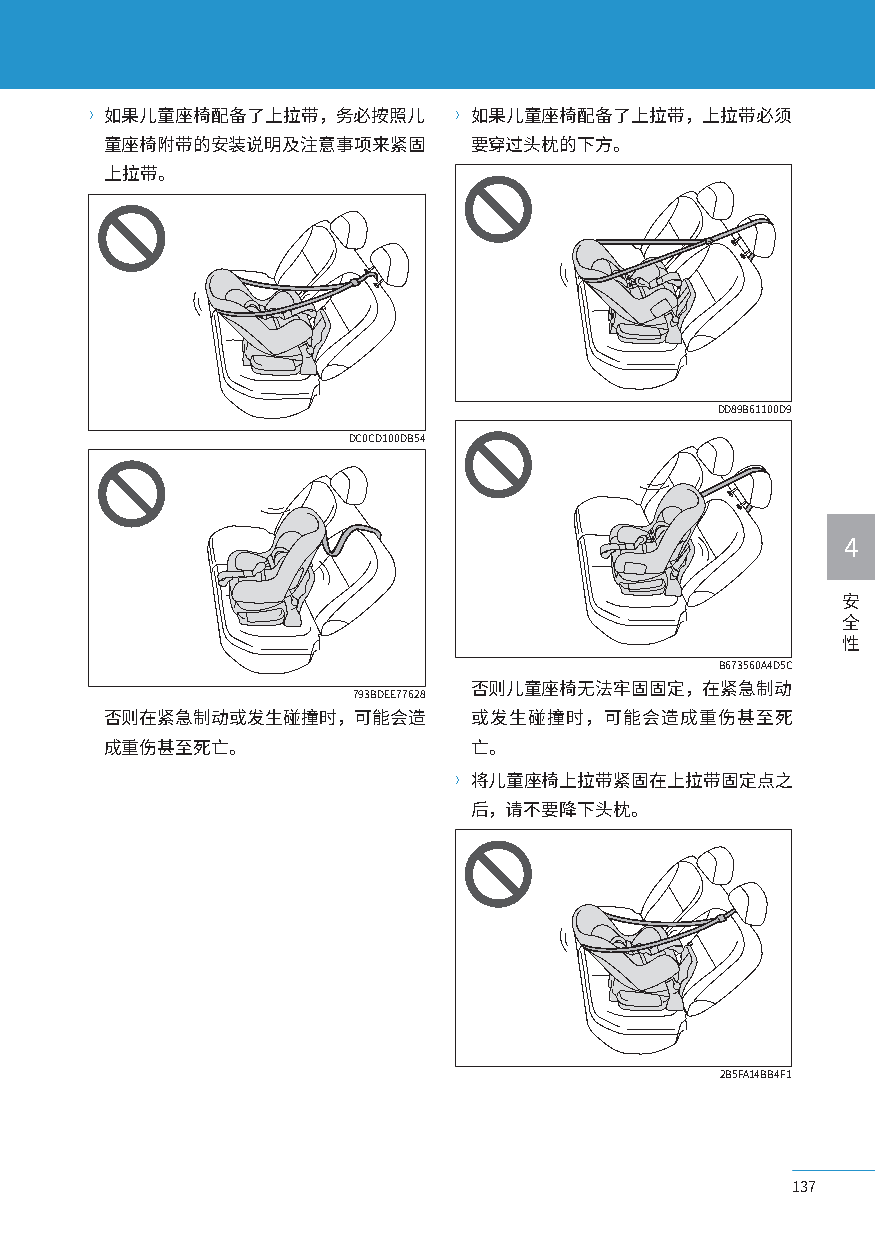
〉如果儿童座椅配备了上拉带，务必按照儿     〉如果儿童座椅配备了上拉带，上拉带必须
 童座椅附带的安装说明及注意事项来紧固      要穿过头枕的下方。
 上拉带。
 DD89B61100D9
 DC0CD100DB54
 4
 安
 全
 性
 B673560A4D5C
 否则儿童座椅无法牢固固定，在紧急制动
 793BDEE77628
 否则在紧急制动或发生碰撞时，可能会造      或发生碰撞时，可能会造成重伤甚至死
 成重伤甚至死亡。                亡。
 〉将儿童座椅上拉带紧固在上拉带固定点之
 后，请不要降下头枕。
 2B5FA14BB4F1
 137